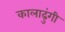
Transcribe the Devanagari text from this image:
कालाढुंगी